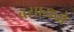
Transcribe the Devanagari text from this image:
बसायचो